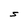
Character: S